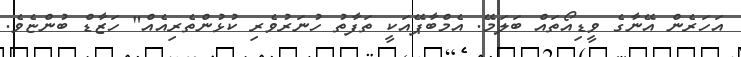
އަހަރެން އޭނާގެ ވީޑިއޯތައް ބަލަމޭ. އެމްބާޕޭއަކީ ތަފާތު ހުނަރުވެރި ކުޅުންތެރިއެއް" ހަޒާޑް ބުންޏެވެ.